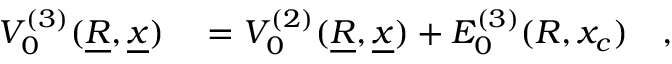
\begin{array} { r l } { V _ { 0 } ^ { ( 3 ) } ( \underline { { R } } , \underline { { x } } ) } & { { } = V _ { 0 } ^ { ( 2 ) } ( \underline { { R } } , \underline { { x } } ) + E _ { 0 } ^ { ( 3 ) } ( R , x _ { c } ) \quad , } \end{array}